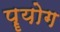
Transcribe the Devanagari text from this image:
पॄयोग